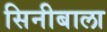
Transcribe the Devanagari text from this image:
सिनीबाला